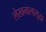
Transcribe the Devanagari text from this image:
लेखनालासुद्धा